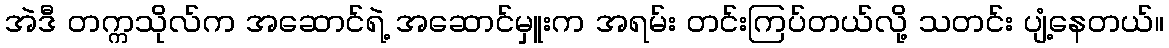
အဲဒီ တက္ကသိုလ်က အဆောင်ရဲ့ အဆောင်မှူးက အရမ်း တင်းကြပ်တယ်လို့ သတင်း ပျံ့နေတယ်။